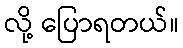
လို့ ပြောရတယ်။